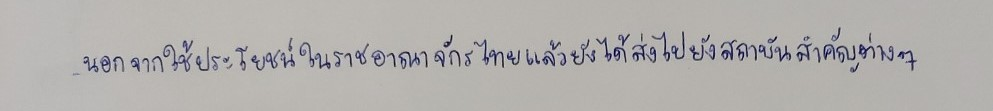
นอกจากใช้ประโยชน์ในราชอาณาจักรไทยแล้วยังได้ส่งไปยังสถาบันสำคัญต่างๆ